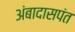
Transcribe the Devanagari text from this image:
अंबादासपंत